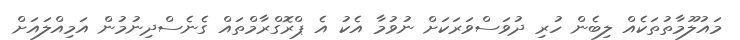
މައުލޫމާތުތަކެއް ލިބެން ހުރި ދުވަސްވަރަަކަށް ނުވުމާ އެކު އެ ޕްރޮގްރާމްތައް ގެނެސްދިނުމުން އަމިއްލައަށް